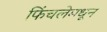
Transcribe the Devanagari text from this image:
फिंचलेमधून